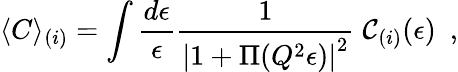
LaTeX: \langle C\rangle_{(i)}=\int\frac{d\epsilon}{\epsilon}\frac{1}{\left|1+\Pi(Q^{2}\epsilon)\right|^{2}}\; {\cal C}_{(i)}(\epsilon)~~,